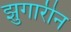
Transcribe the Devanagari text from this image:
झुगारीन